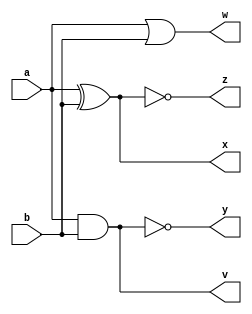
`timescale 10ns / 100ps
//////////////////////////////////////////////////////////////////////////////////
// Company: 
// Engineer: 
// 
// Design Name: 
// Module Name: logic_gate5
// Project Name: 
// Target Devices: 
// Tool Versions: 
// Description: 
// 
// Dependencies: 
// 
// Revision:
// Revision 0.01 - File Created
// Additional Comments:
// 
//////////////////////////////////////////////////////////////////////////////////


module logic_gate5(a ,b ,v, w, x, y, z);

input  a,b;
output  v, w, x, y, z;
wire  v,w,x,y,z;

assign v = a & b;
assign w = a | b;
assign x = a ^ b;
assign y = ~(a & b);
assign z = ~(a ^ b);



endmodule